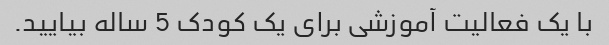
با یک فعالیت آموزشی برای یک کودک 5 ساله بیایید.